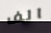
الف